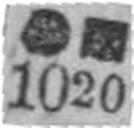
1020